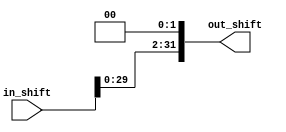
module shift_left #(parameter in_width =32, out_width =32)
(
    input   wire    [in_width-1:0]  in_shift,
    output  wire    [out_width-1:0]  out_shift
);

assign out_shift = in_shift << 2;

endmodule